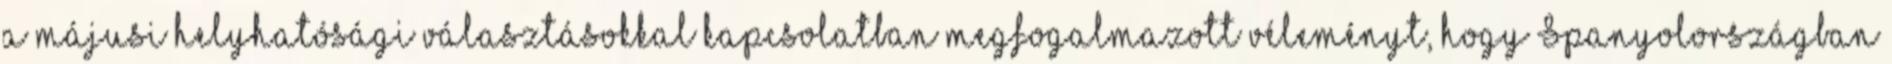
a májusi helyhatósági választásokkal kapcsolatban megfogalmazott véleményt, hogy Spanyolországban